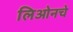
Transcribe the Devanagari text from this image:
लिओनचे